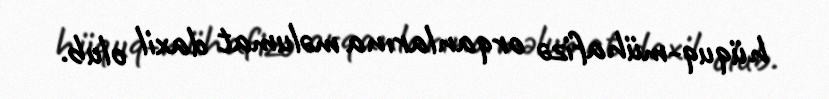
hüquq-mühafizə orqanlarına məlumat daxil olub.